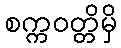
စက္ကဝတ္တိမှိ